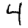
Digit: 4